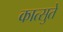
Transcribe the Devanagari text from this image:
कात्सुते